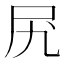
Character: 𫝲